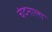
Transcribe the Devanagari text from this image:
चंदनाला